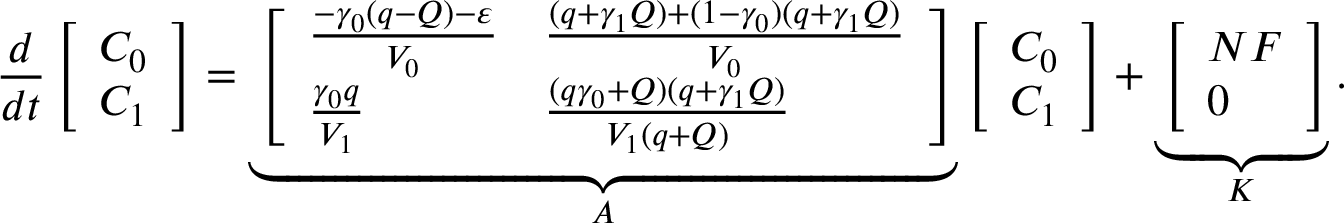
\frac { d } { d t } \left[ \begin{array} { l } { C _ { 0 } } \\ { C _ { 1 } } \end{array} \right] = \underbrace { \left[ \begin{array} { l l } { \frac { - \gamma _ { 0 } ( q - Q ) - \varepsilon } { V _ { 0 } } } & { \frac { ( q + \gamma _ { 1 } Q ) + ( 1 - \gamma _ { 0 } ) ( q + \gamma _ { 1 } Q ) } { V _ { 0 } } } \\ { \frac { \gamma _ { 0 } q } { V _ { 1 } } } & { \frac { ( q \gamma _ { 0 } + Q ) ( q + \gamma _ { 1 } Q ) } { V _ { 1 } ( q + Q ) } } \end{array} \right] } _ { A } \left[ \begin{array} { l } { C _ { 0 } } \\ { C _ { 1 } } \end{array} \right] + \underbrace { \left[ \begin{array} { l } { N F } \\ { 0 } \end{array} \right] } _ { K } .